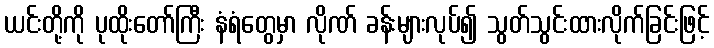
ယင်းတို့ကို ပုထိုးတော်ကြီး နံရံတွေမှာ လိုဏ် ခန်းများလုပ်၍ သွတ်သွင်းထားလိုက်ခြင်းဖြင့်